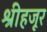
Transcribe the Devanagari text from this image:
श्रीहजूर